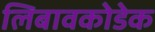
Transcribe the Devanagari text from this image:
लिबावकोडेक